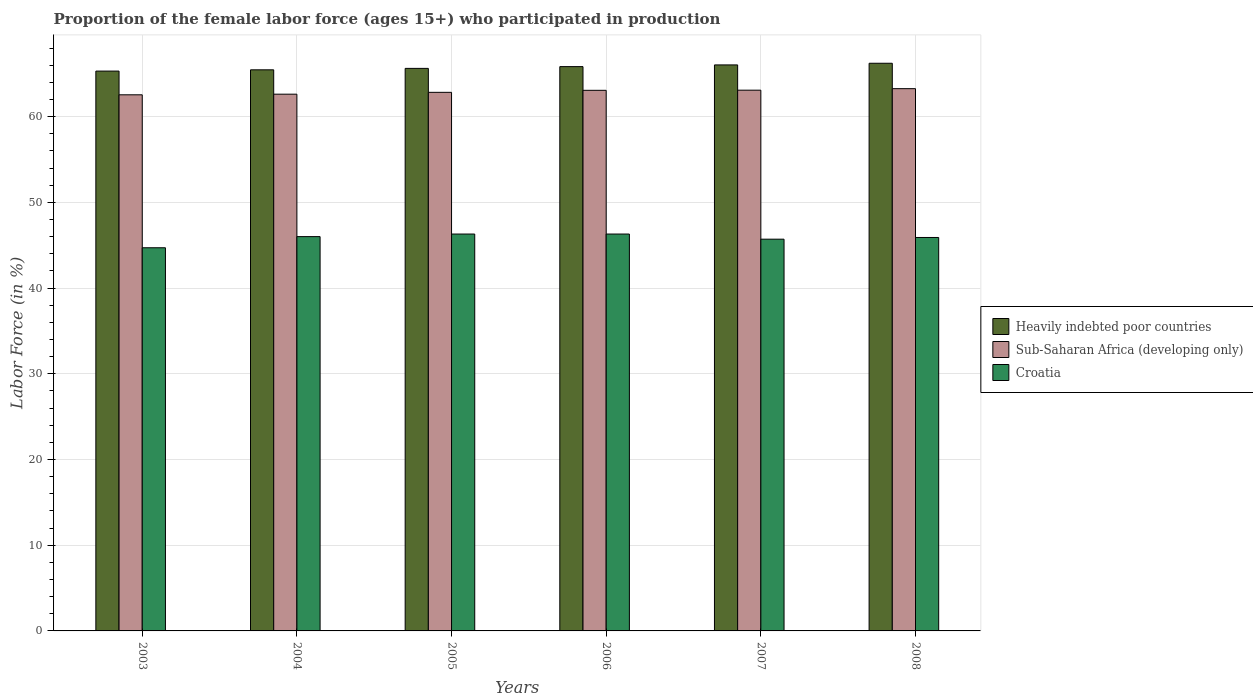
| Years | Heavily indebted poor countries | Sub-Saharan Africa (developing only) | Croatia |
 | --- | --- | --- | --- |
 | 2003 | 65.3 | 62.5 | 44.7 |
 | 2004 | 65.5 | 62.6 | 46 |
 | 2005 | 65.6 | 62.8 | 46.3 |
 | 2006 | 65.8 | 63.1 | 46.3 |
 | 2007 | 66 | 63.1 | 45.7 |
 | 2008 | 66.2 | 63.3 | 45.9 |